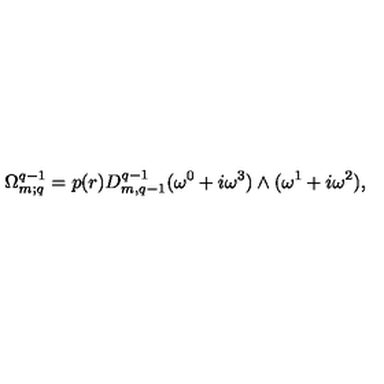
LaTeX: \Omega _ { m ; q } ^ { q - 1 } = p ( r ) D _ { m , q - 1 } ^ { q - 1 } ( \omega ^ { 0 } + i \omega ^ { 3 } ) \wedge ( \omega ^ { 1 } + i \omega ^ { 2 } ) ,